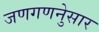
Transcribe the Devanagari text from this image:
जणगणनेुसार